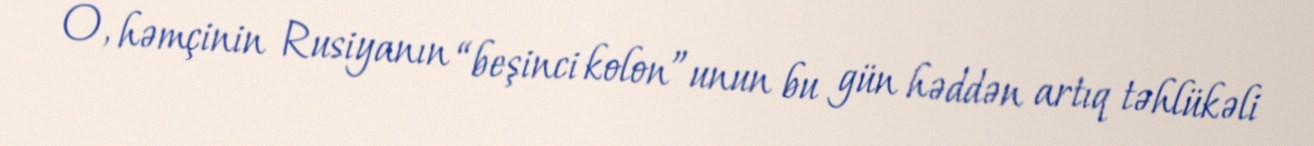
O, həmçinin Rusiyanın “beşinci kolon”unun bu gün həddən artıq təhlükəli